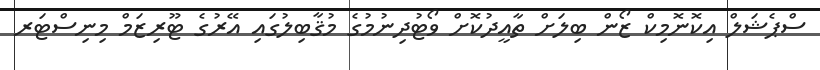
ސްޕެޝަލް އިކޮނޮމިކް ޒޯން ބިލަށް ތާއީދުކޮށް ވޯޓުދިނުމުގެ މުޤާބިލުގައި އޭރުގެ ޓޫރިޒަމް މިނިސްޓަރ